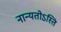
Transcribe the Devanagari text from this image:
नान्यतोऽस्ति